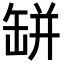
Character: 缾